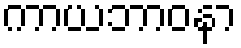
ကာယဘာဝနာ